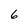
Character: 6